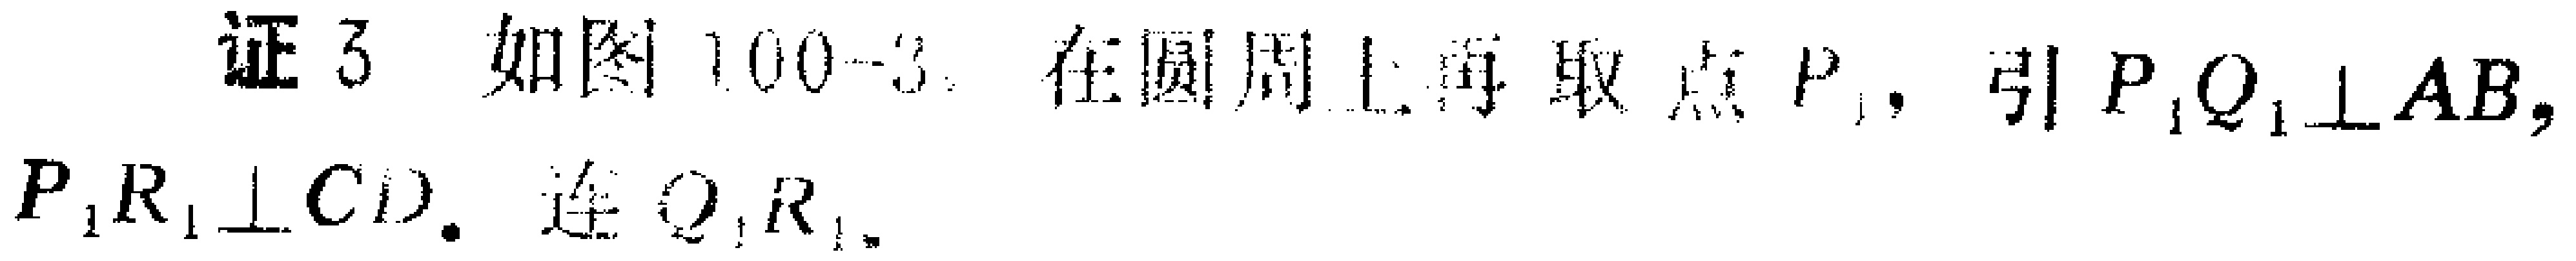
证3. 如图100 - 3. 在圆周上再取点\(P_1\)，引\(P_1Q_1\perp AB\)，\(P_1R_1\perp CD\). 连\(Q_1R_1\).